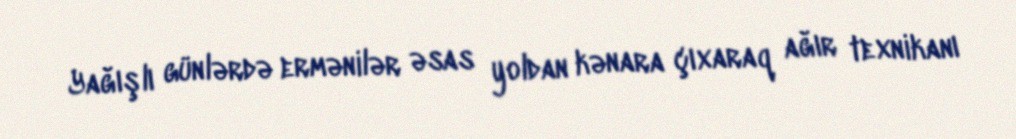
Yağışlı günlərdə ermənilər əsas yoldan kənara çıxaraq ağır texnikanı